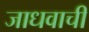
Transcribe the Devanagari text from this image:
जाधवाची